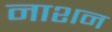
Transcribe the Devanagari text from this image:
नाशन